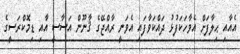
އެއާއި ޙިލާފަށް އެވާހަކަފުޅު ދައްކަވާފައި އެވަނީ ރާއްޖޭގެ ޤާނޫން އަސާސީ އާއި ޑިމޮކްރަސީގެ